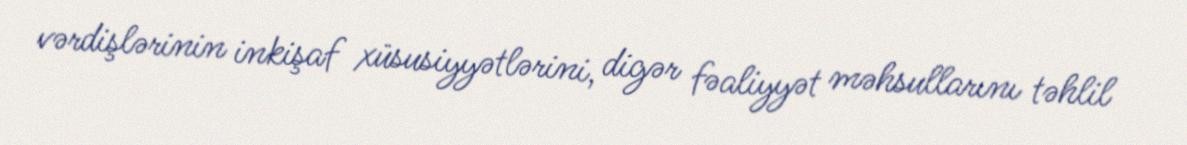
vərdişlərinin inkişaf xüsusiyyətlərini, digər fəaliyyət məhsullarını təhlil